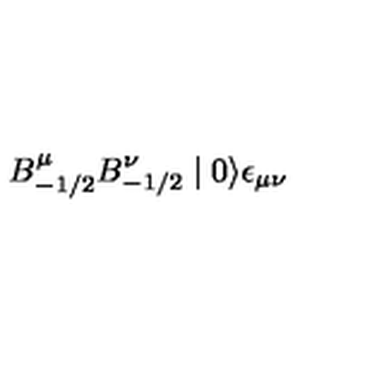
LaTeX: B _ { - 1 / 2 } ^ { \mu } B _ { - 1 / 2 } ^ { \nu } \mid 0 \rangle \epsilon _ { \mu \nu }